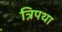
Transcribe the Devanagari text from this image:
त्रिपथा